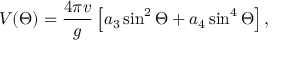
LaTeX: V ( \Theta ) = \frac { 4 \pi v } { g } \left[ a _ { 3 } \sin ^ { 2 } \Theta + a _ { 4 } \sin ^ { 4 } \Theta \right] ,